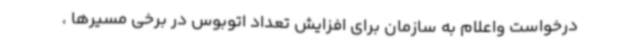
درخواست واعلام به سازمان برای افزایش تعداد اتوبوس در برخی مسیرها ،